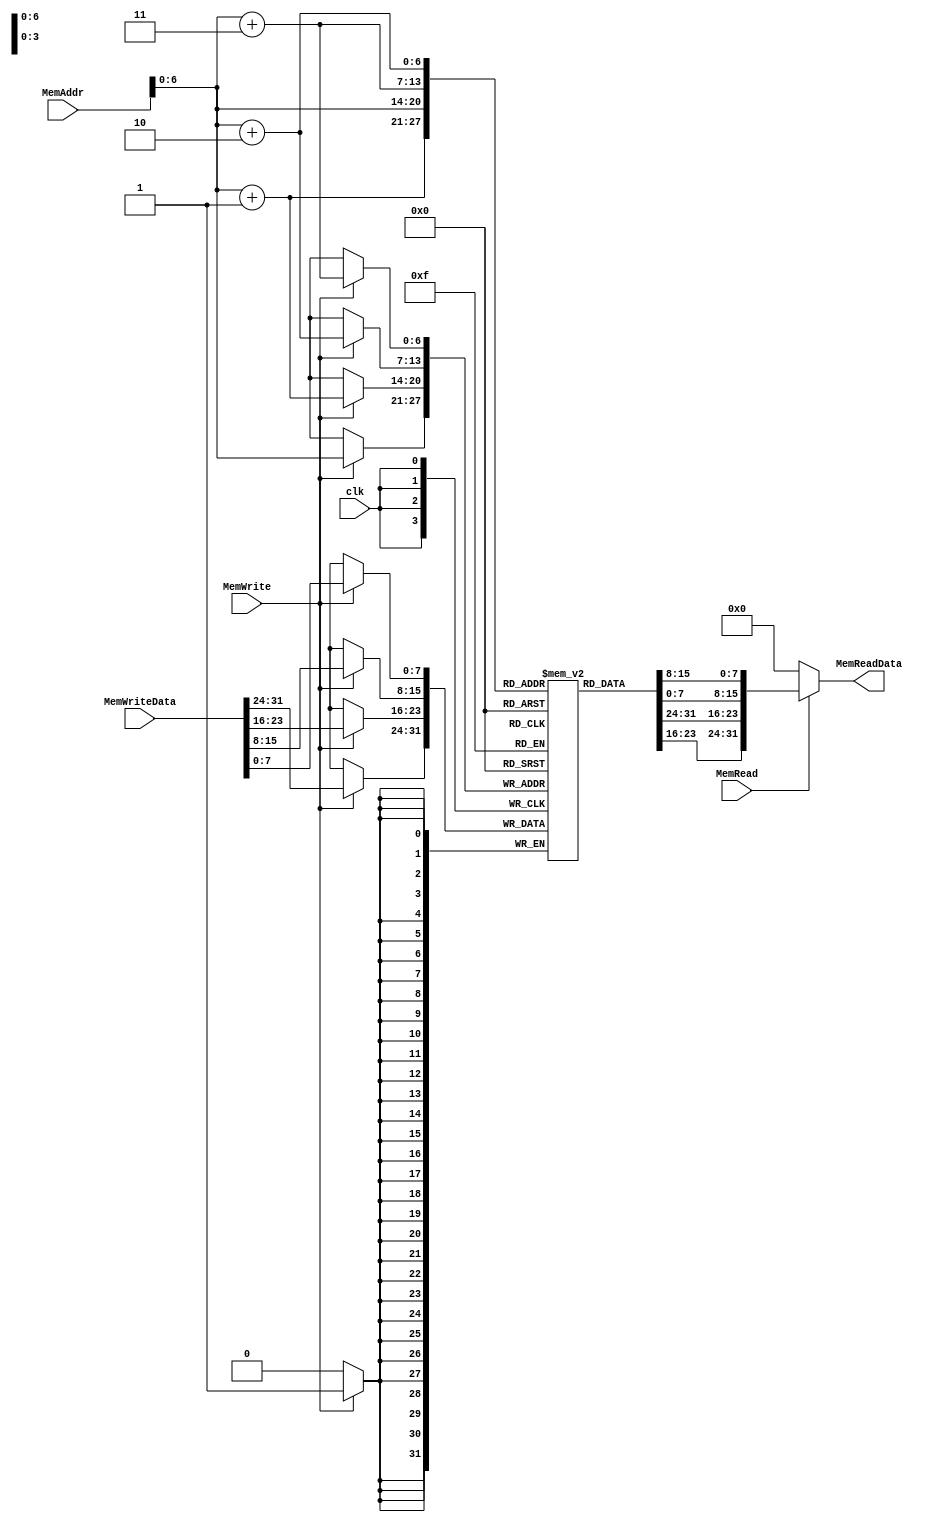
/*
 *	Template for Project 2 Part 3
 *	Copyright (C) 2022  Chen Chia Yi or any person belong ESSLab.
 *	All Right Reserved.
 *
 *	This program is free software: you can redistribute it and/or modify
 *	it under the terms of the GNU General Public License as published by
 *	the Free Software Foundation, either version 3 of the License, or
 *	(at your option) any later version.
 *
 *	This program is distributed in the hope that it will be useful,
 *	but WITHOUT ANY WARRANTY; without even the implied warranty of
 *	MERCHANTABILITY or FITNESS FOR A PARTICULAR PURPOSE.  See the
 *	GNU General Public License for more details.
 *
 *	You should have received a copy of the GNU General Public License
 *	along with this program.  If not, see <https://www.gnu.org/licenses/>.
 *
 *	This file is for people who have taken the cource (1102 Computer
 *	Organizarion) to use.
 *	We (ESSLab) are not responsible for any illegal use.
 *
 */
 
/*
 * Macro of size declaration of data memory
 * CAUTION: DONT MODIFY THE NAME AND VALUE.
 */
`define DATA_MEM_SIZE	128	// Bytes

/*
 * Declaration of Data Memory for this project.
 * CAUTION: DONT MODIFY THE NAME.
 */
module DM(
	// Outputs
	output [31:0] MemReadData,
	// Inputs
	input [31:0] MemAddr,
	input [31:0] MemWriteData,
	input MemWrite,
	input MemRead,
	input clk

);

	/* 
	 * Declaration of data memory.
	 * CAUTION: DONT MODIFY THE NAME AND SIZE.
	 */
	reg [7:0]DataMem[0:`DATA_MEM_SIZE - 1];
	assign MemReadData = MemRead?{DataMem[MemAddr],DataMem[MemAddr+1],DataMem[MemAddr+2],DataMem[MemAddr+3]}:32'd0;
	always @(posedge clk) begin
		if (MemWrite == 1) begin
			{DataMem[MemAddr],DataMem[MemAddr+1],DataMem[MemAddr+2],DataMem[MemAddr+3]} = MemWriteData;
		end
	end

endmodule